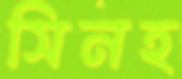
সিনহ